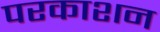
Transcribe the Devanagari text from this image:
परकाशन